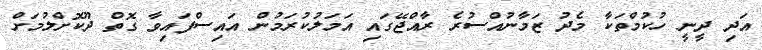
އަދި ދީނީ ހުކުމްތަކާ މެދު ޒަމާނުއްސުރެ ރާއްޖޭގައި އަމަލުކުރަމުން އައިސްފައިވާ ގޮތް ދޫކޮށްލުމަށް